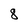
Character: 8